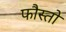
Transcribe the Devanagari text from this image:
फौस्तो